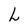
Character: L